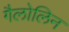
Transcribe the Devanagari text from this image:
गैलोलिन